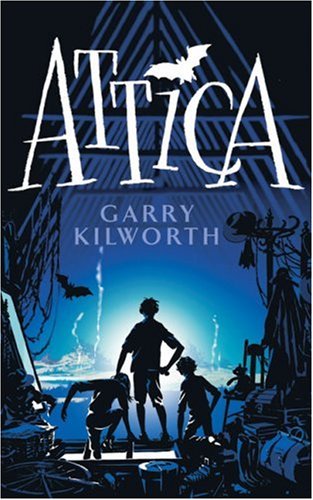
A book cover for Attica; Garry Kilworth; Teen & Young Adult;